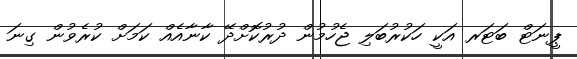
ޕީނަޓް ބަޓަރ އަކީ ހަކުރުބަލި ޖެހުމުން ދުރުކޮށްދޭ ކާނާއެއް ކަމަށް ކުރެވުން ގިނަ